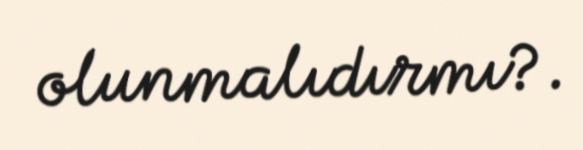
olunmalıdırmı?.